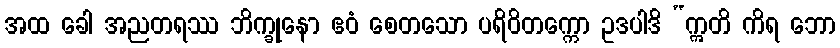
အထ ခေါ အညတရဿ ဘိက္ခုနော ဧဝံ စေတသော ပရိဝိတက္ကော ဥဒပါဒိ “ဣတိ ကိရ ဘော